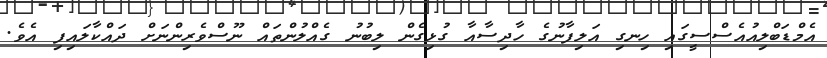
އެމްޑަބްލިއުއެސްސީގައި ހިނގި އަލިފާނުގެ ހާދިސާއާ ގުޅިގެން ލިބުނު ގެއްލުންތައް ނޫސްވެރިންނަށް ދައްކާލައިފި އެވެ.